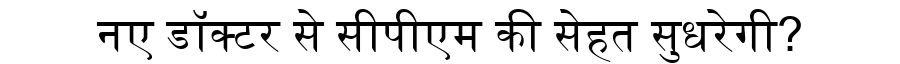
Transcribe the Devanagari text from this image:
नए डॉक्टर से सीपीएम की सेहत सुधरेगी?